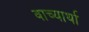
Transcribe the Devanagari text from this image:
वाच्यार्था